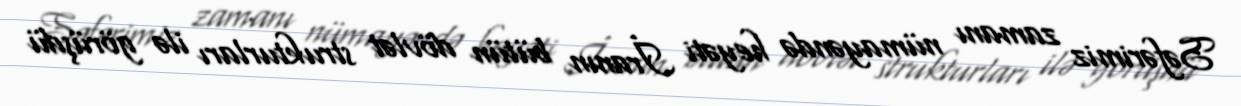
Səfərimiz zamanı nümayəndə heyəti İranın bütün dövlət strukturları ilə görüşdü